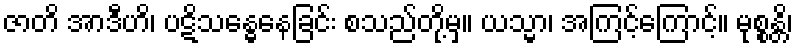
ဇာတိ အာဒီဟိ၊ ပဋိသန္ဓေနေခြင်း စသည်တို့မှ။ ယသ္မာ၊ အကြင့်ကြောင့်။ မုစ္စန္တိ၊